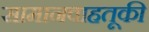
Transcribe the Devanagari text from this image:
सामानवाहतूकी